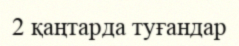
2 қаңтарда туғандар